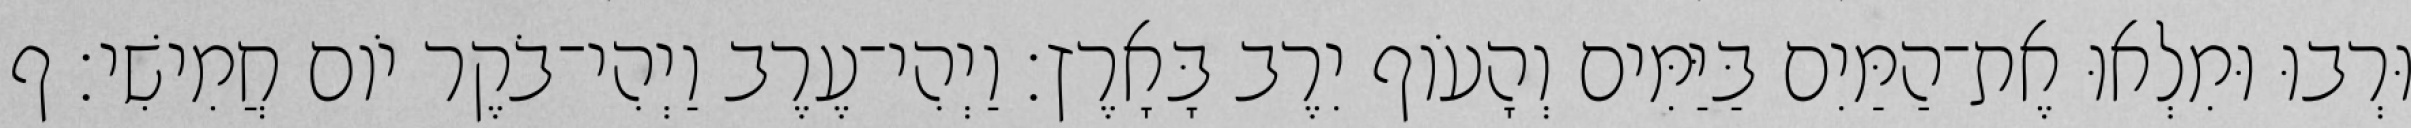
וּרְבוּ וּמִלְאוּ אֶת־הַמַּיִם בַּיַּמִּים וְהָעֹוף יִרֶב בָּאָרֶץ׃ וַיְהִי־עֶרֶב וַיְהִי־בֹקֶר יֹום חֲמִישִׁי׃ ף